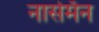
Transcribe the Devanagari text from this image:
नार्समॅन